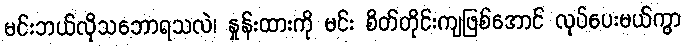
မင်းဘယ်လိုသဘောရသလဲ၊ နှုန်းထားကို မင်း စိတ်တိုင်းကျဖြစ်အောင် လုပ်ပေးမယ်ကွာ